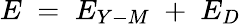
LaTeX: E\; =\; E_{Y-M}\; +\; E_{D}\;